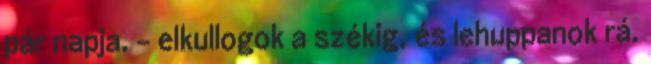
pár napja. – elkullogok a székig, és lehuppanok rá.